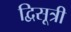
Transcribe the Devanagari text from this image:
द्विसूत्री